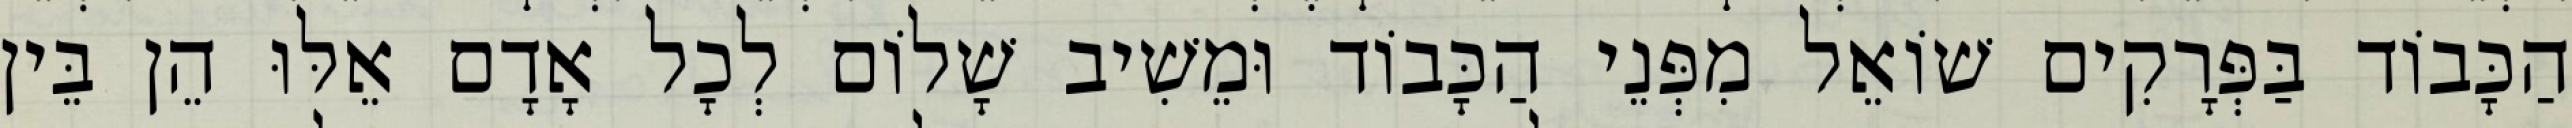
הַכָּבוֹד בַּפְּרָקִים שׁוֹאֵל מִפְּנֵי הַכָּבוֹד וּמֵשִׁיב שָׁלוֹם לְכָל אָדָם אֵלּוּ הֵן בֵּין